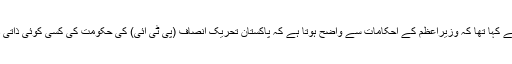
بعد ازاں انہوں نے کہا تھا کہ وزیراعظم کے احکامات سے واضح ہوتا ہے کہ پاکستان تحریک انصاف (پی ٹی آئی) کی حکومت کی کسی کوئی ذاتی دشمنی نہیں ہے۔